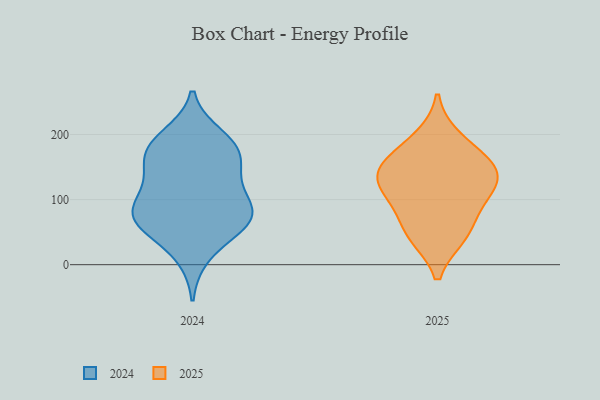
{"axis": {"x": "Energy Usage (MWh)", "y": "Value"}, "legend": ["2024", "2025"], "data": [{"x": "", "y": 124, "type": "2025"}, {"x": "", "y": 44, "type": "2025"}, {"x": "", "y": 104, "type": "2025"}, {"x": "", "y": 195, "type": "2025"}, {"x": "", "y": 157, "type": "2025"}, {"x": "", "y": 82, "type": "2025"}, {"x": "", "y": 140, "type": "2025"}, {"x": "", "y": 130, "type": "2025"}, {"x": "", "y": 161, "type": "2025"}, {"x": "", "y": 45, "type": "2025"}, {"x": "", "y": 14, "type": "2024"}, {"x": "", "y": 160, "type": "2024"}, {"x": "", "y": 74, "type": "2024"}, {"x": "", "y": 81, "type": "2024"}, {"x": "", "y": 118, "type": "2024"}, {"x": "", "y": 70, "type": "2024"}, {"x": "", "y": 175, "type": "2024"}, {"x": "", "y": 172, "type": "2024"}, {"x": "", "y": 106, "type": "2024"}, {"x": "", "y": 59, "type": "2024"}, {"x": "", "y": 62, "type": "2024"}, {"x": "", "y": 140, "type": "2024"}, {"x": "", "y": 186, "type": "2024"}, {"x": "", "y": 77, "type": "2024"}, {"x": "", "y": 197, "type": "2024"}]}